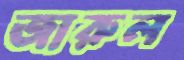
জারুল